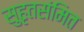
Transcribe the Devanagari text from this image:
सुहृतसंमित